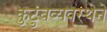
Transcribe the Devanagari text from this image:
कुटुंबव्यवस्थेने